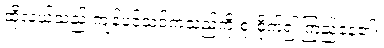
ထိုလူယ်သည် ကျန်ပင်သင်ကသည်ကို စူးစိုက်၍ ကြည်နေ၏။